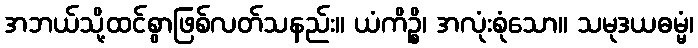
အဘယ်သို့ထင်စွာဖြစ်လတ်သနည်း။ ယံကိဉ္စိ၊ အလုံးစုံသော။ သမုဒယဓမ္မံ၊